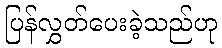
ပြန်လွှတ်ပေးခဲ့သည်ဟု